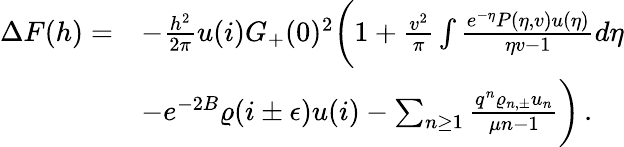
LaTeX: \begin{array}{rl}{\Delta F(h)=}&{-\frac{h^{2}}{2\pi}u(i)G_{+}(0)^{2}\bigg(1+\frac{v^{2}}{\pi}\int\frac{e^{-\eta}P(\eta,v)u(\eta)}{\eta v-1}d\eta}\\ &{-e^{-2B}\varrho(i\pm\epsilon)u(i)-\sum_{n\geq 1}\frac{q^{n}\varrho_{n,\pm}u_{n}}{\mu n-1}\bigg)\, .}\end{array}